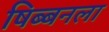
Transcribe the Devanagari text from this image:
षिब्बनला